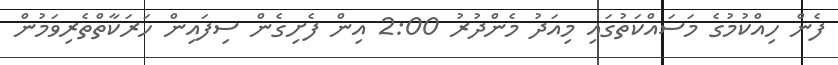
ފެން ހިއްކުމުގެ މަސައްކަތުގައި މިއަދު މެންދުރު 2:00 އިން ފެށިގެން ސިފައިން ހަރަކާތްތެރިވަމުން